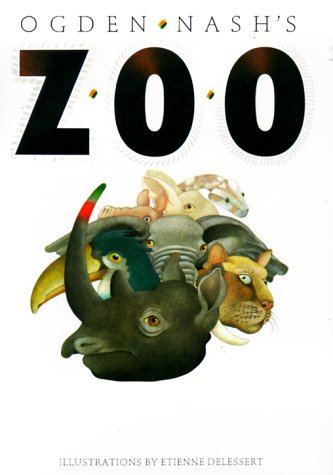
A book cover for Ogden Nash's Zoo; Ogden Nash; Humor & Entertainment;